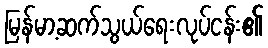
မြန်မာ့ဆက်သွယ်ရေးလုပ်ငန်း၏